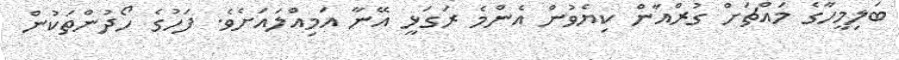
ބަލިމީހާގެ މައްޗަށް ގުރްއާން ކިޔެވުން އެންމެ ރަގަޅީ އޭނާ އަމިއްލައަށެވެ. ފަހުގެ ހޯދުންތަކުން